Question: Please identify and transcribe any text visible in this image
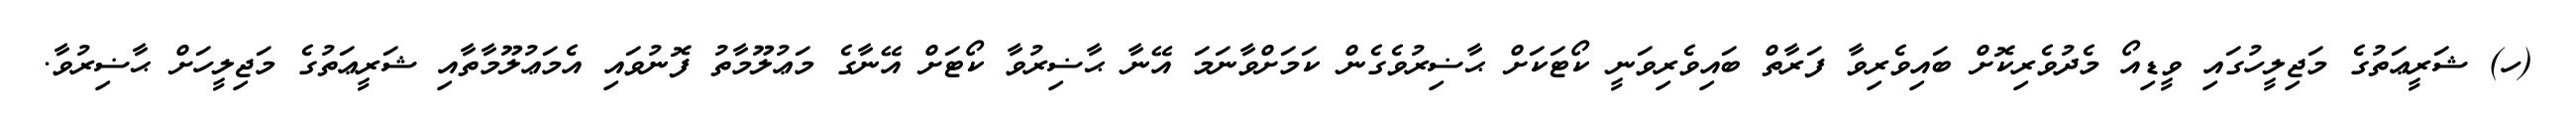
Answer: (ހ) ޝަރީޢަތުގެ މަޖިލީހުގައި ވީޑިއޯ މެދުވެރިކޮށް ބައިވެރިވާ ފަރާތް ބައިވެރިވަނީ ކޯޓަކަށް ޙާޟިރުވެގެން ކަމަށްވާނަމަ އޭނާ ޙާޟިރުވާ ކޯޓަށް އޭނާގެ މަޢުލޫމާތު ފޮނުވައި އެމަޢުލޫމާތާއި ޝަރީޢަތުގެ މަޖިލީހަށް ޙާޟިރުވާ.